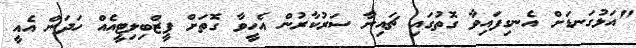
"އަޅުގަނޑަށް އެނގިފައިވާ ގޮތުގައި ޗައިނާ ސަރުކާރުން އެހީވާ ގޮތަށް ފީޒްބިލިޓީއެއް ހަދަން އެއީ